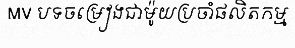
MV បទចម្រៀងជាម៉ូយប្រចាំផលិតកម្ម